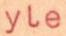
yle